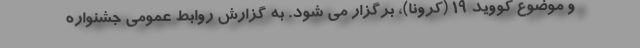
و موضوع کووید 19 (کرونا)، برگزار می شود. به گزارش روابط عمومی جشنواره